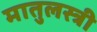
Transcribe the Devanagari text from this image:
मातुलस्त्री